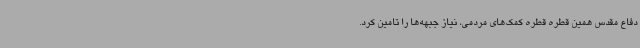
دفاع مقدس همین قطره قطره کمک‌های مردمی، نیاز جبهه‌ها را تامین کرد.